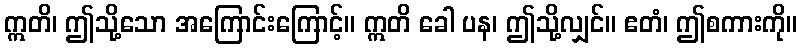
ဣတိ၊ ဤသို့သော အကြောင်းကြောင့်။ ဣတိ ခေါ ပန၊ ဤသို့လျှင်။ ဧတံ၊ ဤစကားကို။